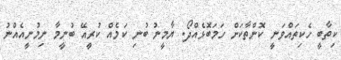
ކިތާބީ ހެކިތައްވަނީ ކޮންތާކަށް ހަމަބޮޅެއްދޯ. ޔާމީނު ބުނި ކަމެއް ކުރީއޭ ބުނީމާ ނިމުނީއެއްނު